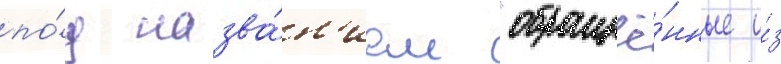
по́д назва́н'ием "обращё́нные и́з